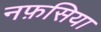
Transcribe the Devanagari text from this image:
नफ़सिया